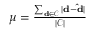
\begin{array} { r } { \mu = \frac { \sum _ { \mathbf { d } \in \mathcal { C } } { | \mathbf { d - \hat { d } } | } } { | \mathcal { C } | } } \end{array}